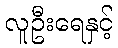
လူဦးရေနှင့်